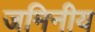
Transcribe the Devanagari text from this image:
जमिनीय